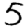
Digit: 5